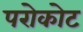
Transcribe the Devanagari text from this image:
परोकोट